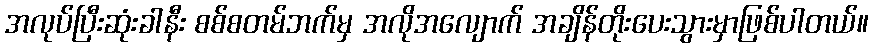
အလုပ်ပြီးဆုံးခါနီး စစ်စတမ်ဘက်မှ အလိုအလျောက် အချိန်တိုးပေးသွားမှာဖြစ်ပါတယ်။